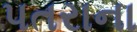
પતરાના